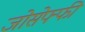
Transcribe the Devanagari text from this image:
जोसेफ्फी